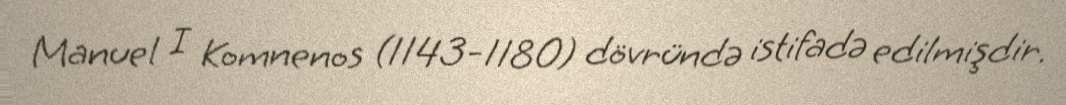
Manuel I Komnenos (1143-1180) dövründə istifadə edilmişdir.